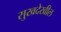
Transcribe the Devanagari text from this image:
सुखदेखील